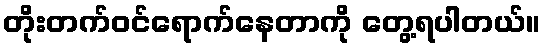
တိုးတက်ဝင်ရောက်နေတာကို တွေ့ရပါတယ်။